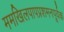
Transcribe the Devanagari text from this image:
ममखिलपापप्रशमनपूर्वक